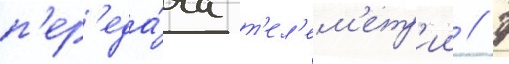
п'ер'еда́ча т'ел'ем'етр'ии // 7